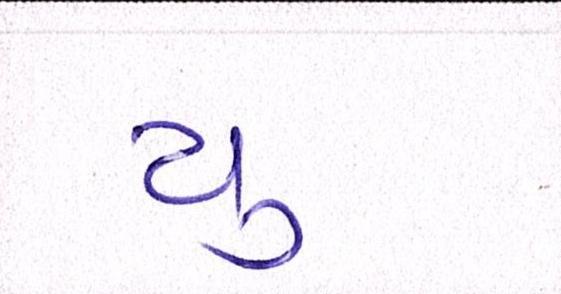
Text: યુ